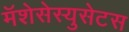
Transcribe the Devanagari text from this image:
मॅशेसेस्युसेटस